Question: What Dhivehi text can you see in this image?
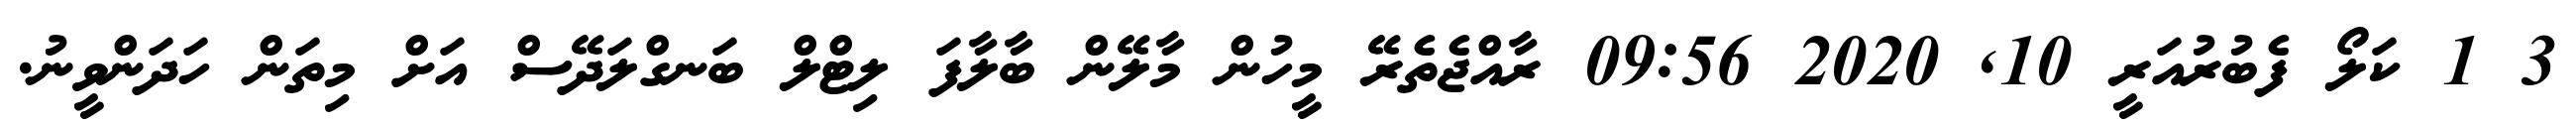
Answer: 3 1 ކަލޯ ފެބުރުއަރީ 10, 2020 09:56 ރާއްޖެތެރޭ މީހުން މާލޭން ބާލާފަ ލިޓްލް ބަނގްލަދޭސް އަށް މިތަން ހަދަންވީނު.